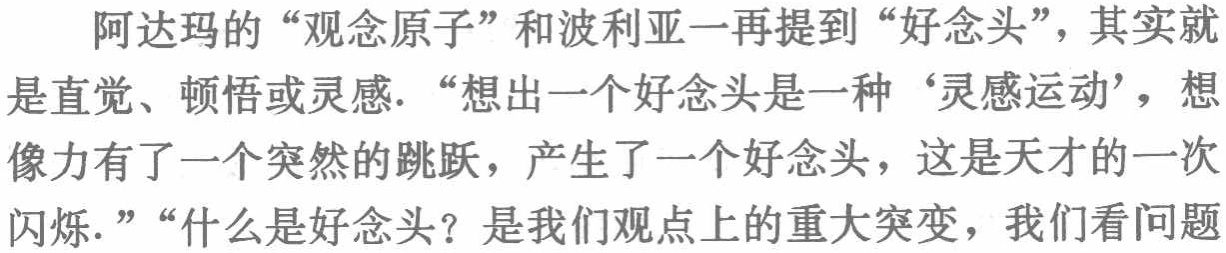
阿达玛的“观念原子”和波利亚一再提到“好念头”，其实就是直觉、顿悟或灵感.“想出一个好念头是一种‘灵感运动’，想象力有了一个突然的跳跃，产生了一个好念头，这是天才的一次闪烁.”“什么是好念头？是我们观点上的重大突变，我们看问题